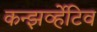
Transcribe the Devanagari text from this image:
कन्झर्व्हेटिव